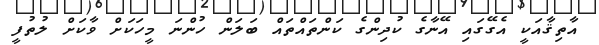
އާތިޤާއަކީ އެގޭގައި އޭނާގެ ކުދިންގެ ކަންތައްތައް ބަލަން ހުންނަ މީހަކަށް ވާކަށް ލުތުފީ